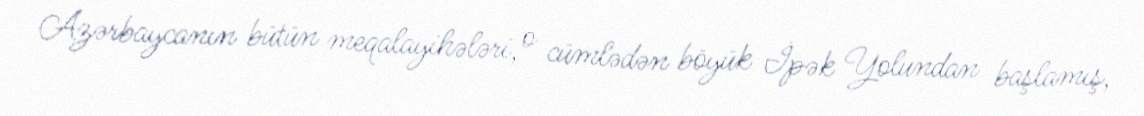
Azərbaycanın bütün meqalayihələri, o cümlədən böyük İpək Yolundan başlamış,